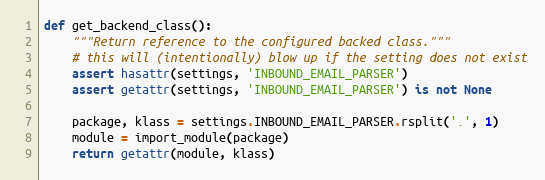
Language: Python
def get_backend_class():
    """Return reference to the configured backed class."""
    # this will (intentionally) blow up if the setting does not exist
    assert hasattr(settings, 'INBOUND_EMAIL_PARSER')
    assert getattr(settings, 'INBOUND_EMAIL_PARSER') is not None

    package, klass = settings.INBOUND_EMAIL_PARSER.rsplit('.', 1)
    module = import_module(package)
    return getattr(module, klass)